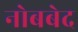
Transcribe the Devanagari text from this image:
नोबबेद